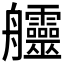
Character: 𦫊